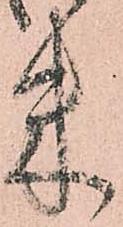
米